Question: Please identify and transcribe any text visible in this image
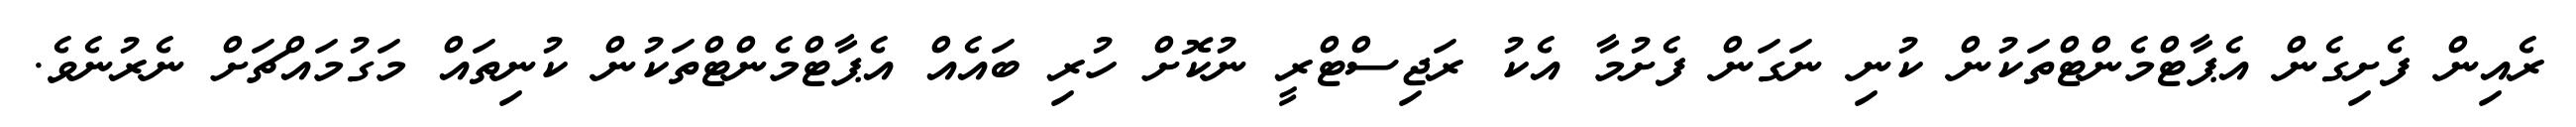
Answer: ރެއިން ފެށިގެން އެޕާޓްމެންޓްތަކުން ކުނި ނަގަން ފެށުމާ އެކު ރަޖިސްޓްރީ ނުކޮށް ހުރި ބައެއް އެޕާޓްމެންޓްތަކުން ކުނިތައް މަގުމައްޗަށް ނެރުނެވެ.